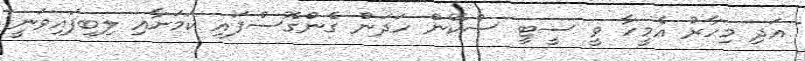
އަދި މިހާރު އެމީހާ ވީ ސީޓީ ސްކޭން ހަދަން ގެންގޮސްފައި ކަމަށާއި ލިބިފައިވަނީ